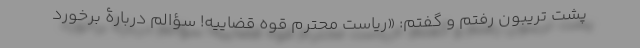
پشت تریبون رفتم و گفتم: «ریاست محترم قوه قضاییه! سؤالم در‌بارۀ برخورد